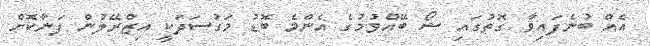
އެއް ބުނެފައިވާ ގޮތުގައި ޝޯ ބޭއްވުމުގެ އެންމެ ބޮޑު މަގުސަދަކީ އިޒްރޭލުން ފަނާކޮށް